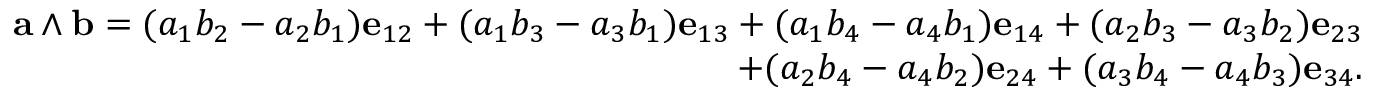
{ \begin{array} { r } { \mathbf { a } \wedge \mathbf { b } = ( a _ { 1 } b _ { 2 } - a _ { 2 } b _ { 1 } ) \mathbf { e } _ { 1 2 } + ( a _ { 1 } b _ { 3 } - a _ { 3 } b _ { 1 } ) \mathbf { e } _ { 1 3 } + ( a _ { 1 } b _ { 4 } - a _ { 4 } b _ { 1 } ) \mathbf { e } _ { 1 4 } + ( a _ { 2 } b _ { 3 } - a _ { 3 } b _ { 2 } ) \mathbf { e } _ { 2 3 } } \\ { + ( a _ { 2 } b _ { 4 } - a _ { 4 } b _ { 2 } ) \mathbf { e } _ { 2 4 } + ( a _ { 3 } b _ { 4 } - a _ { 4 } b _ { 3 } ) \mathbf { e } _ { 3 4 } . } \end{array} }